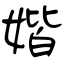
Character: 媘